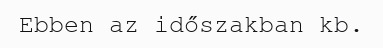
Ebben az időszakban kb.